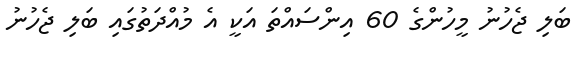
ބަލި ޖެހުނު މީހުންގެ 60 އިންސައްތަ އަކީ އެ މުއްދަތުގަައި ބަލި ޖެހުނު